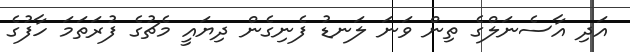
އަދި އާސެނަލްގެ ތިން ވަނަ ލަނޑު ފެނިގެން ދިޔައީ މެޗުގެ ފުރަތަމަ ހާފުގެ